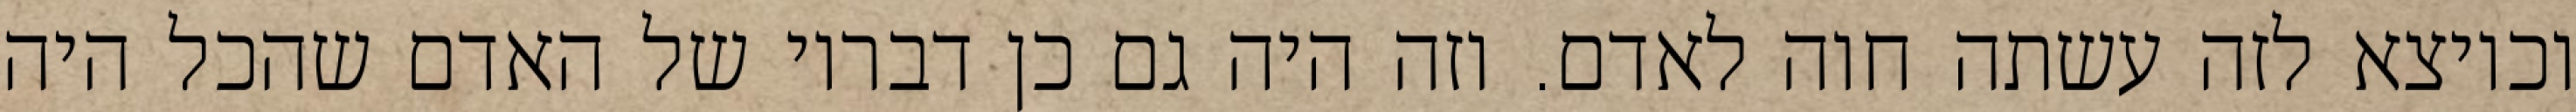
וכיוצא לזה עשתה חוה לאדם. וזה היה גם כן דבריו של האדם שהכל היה